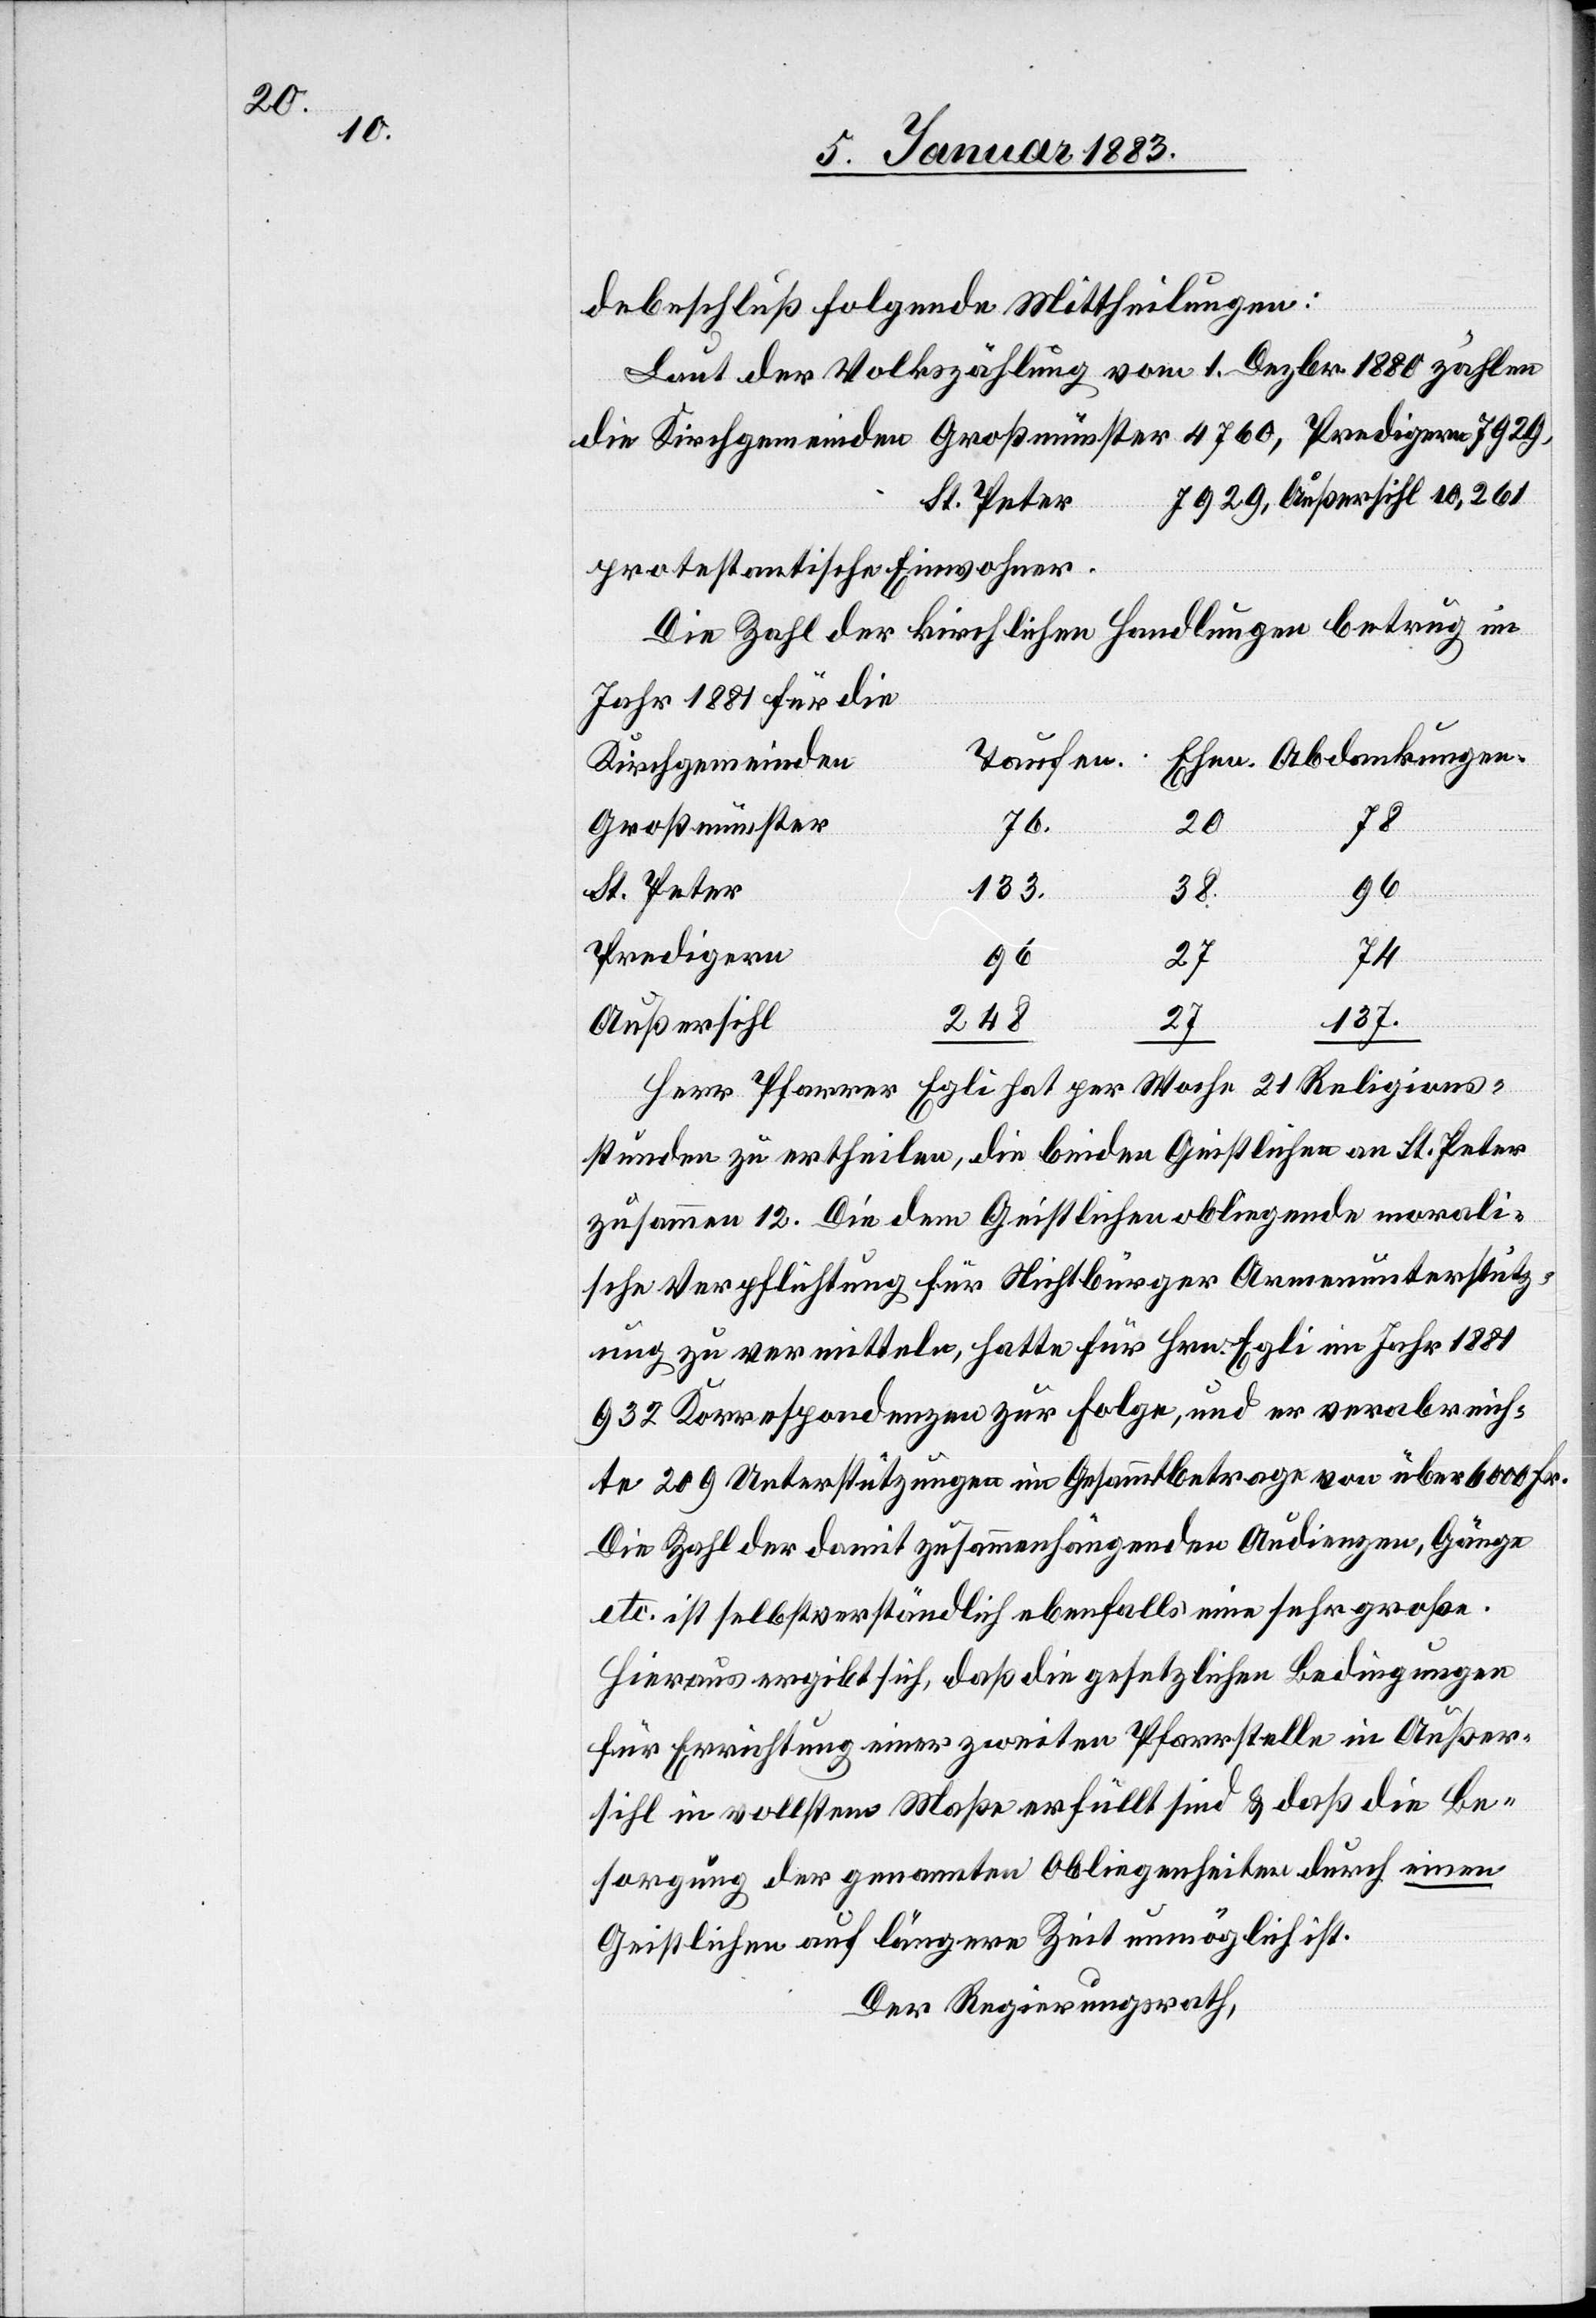
debeschluß folgende Mittheilungen:
Laut der Volkszählung vom 1. Dezbr. 1880 zählen
die Kirchgemeinden Großmünster 4760, Predigern 7929,
7929, Außersihl 10,261
Abdankungen.
protestantische Einwohner.
Die Zahl der kirchlichen Handlungen betrug im
Jahr 1881 für die
Kirchgemeinden
74
Großmünster
20
St. Peter
133
Ehen.
Predigern
27
96
137
248
Außersihl
Herr Pfarrer Egli hat per Woche 21 Religions¬
stunden zu ertheilen, die beiden Geistlichen an St. Peter
zusammen 12. Die dem Geistlichen obliegende morali¬
sche Verpflichtung für Nichtbürger Armenunterstütz¬
ung zu vermitteln, hatte für Hrn. Egli im Jahr 1881
932 Korrespondenzen zur Folge, und er verabreich¬
te 209 Unterstützungen im Gesammtbetrage von über 6000 Fr.
Die Zahl der damit zusammenhängenden Audienzen, Gänge
etc. ist selbstverständlich ebenfalls eine sehr große.
Hieraus ergibt sich, daß die gesetzlichen Bedingungen
für Errichtung einer zweiten Pfarrstelle in Außer¬
sihl in vollstem Maße erfüllt sind & daß die Be¬
sorgung der genannten Obliegenheiten durch einen
Geistlichen auf längere Zeit unmöglich ist.
Der Regierungsrath,